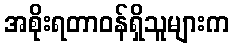
အစိုးရတာဝန်ရှိသူများက